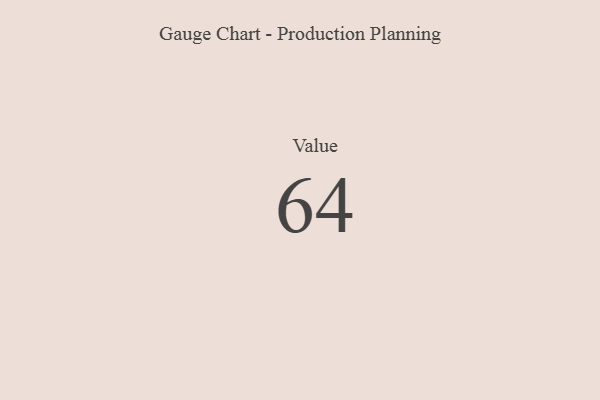
{"axis": {"x": "Metric", "y": "Value"}, "legend": [""], "data": [{"x": "Value", "y": 64, "type": ""}]}